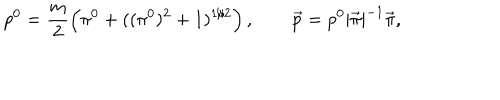
LaTeX: p ^ { 0 } = \frac m 2 \left( \pi ^ { 0 } + ( ( \pi ^ { 0 } ) ^ { 2 } + 1 ) ^ { 1 / 2 } \right) , \qquad \vec { p } = p ^ { 0 } | \vec { \pi } | ^ { - 1 } \vec { \pi } ,